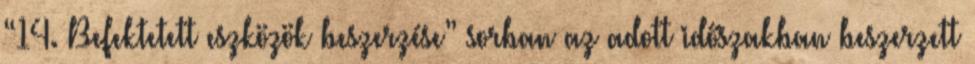
“14. Befektetett eszközök beszerzése” sorban az adott időszakban beszerzett